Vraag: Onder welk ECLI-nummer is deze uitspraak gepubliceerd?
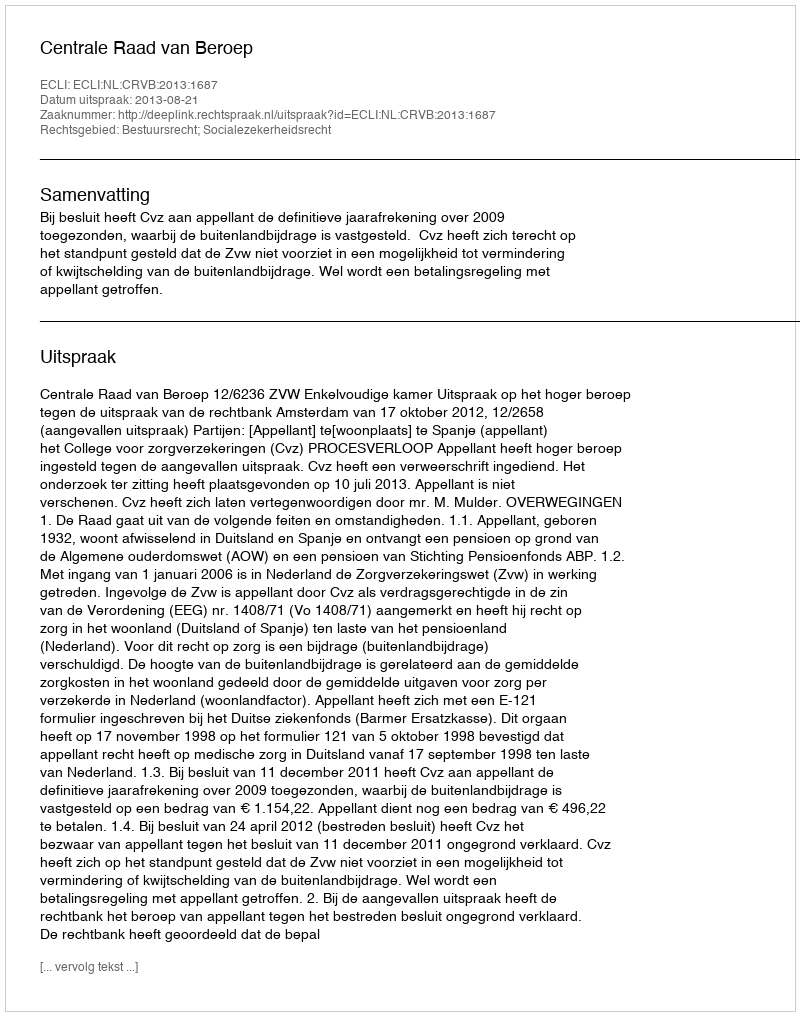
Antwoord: ECLI:NL:CRVB:2013:1687